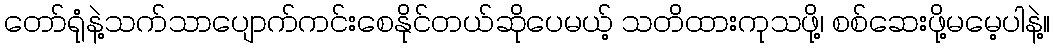
တော်ရုံနဲ့သက်သာပျောက်ကင်းစေနိုင်တယ်ဆိုပေမယ့် သတိထားကုသဖို့၊ စစ်ဆေးဖို့မမေ့ပါနဲ့။